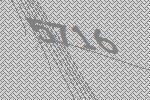
5716